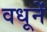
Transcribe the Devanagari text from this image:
वधूनें